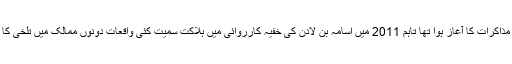
پاکستان اور امریکہ کہ درمیان 2010 میں سٹریٹیجک مذاکرات کا آغاز ہوا تھا تاہم 2011 میں اسامہ بن لادن کی خفیہ کارروائی میں ہلاکت سمیت کئی واقعات دونوں ممالک میں تلخی کا سبب بنے اور یہ مذاکرات بھی تعطل کا شکار ہو گئے۔